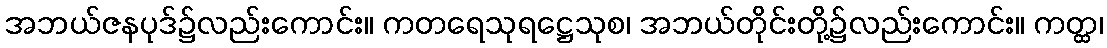
အဘယ်ဇနပုဒ်၌လည်းကောင်း။ ကတရေသုရဋ္ဌေသုစ၊ အဘယ်တိုင်းတို့၌လည်းကောင်း။ ကတ္ထ၊